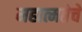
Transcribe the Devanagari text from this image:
महात्मतेचे